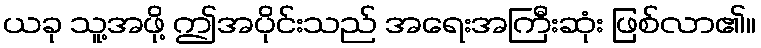
ယခု သူ့အဖို့ ဤအပိုင်းသည် အရေးအကြီးဆုံး ဖြစ်လာ၏။